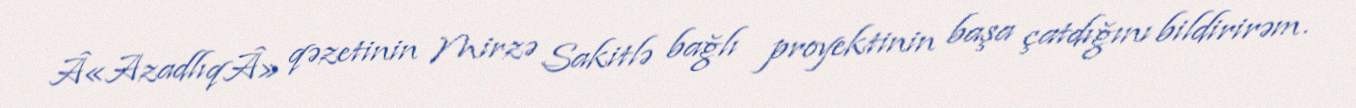
Â«AzadlıqÂ» qəzetinin Mirzə Sakitlə bağlı proyektinin başa çatdığını bildirirəm.